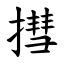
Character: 㨹